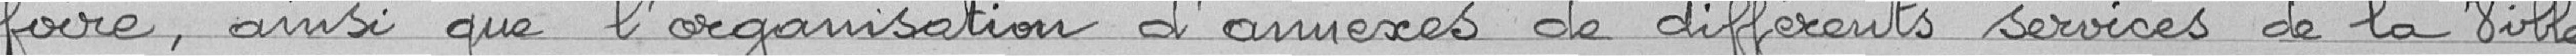
foire, ainsi que l'organisation d'annexes de différents services de la ville